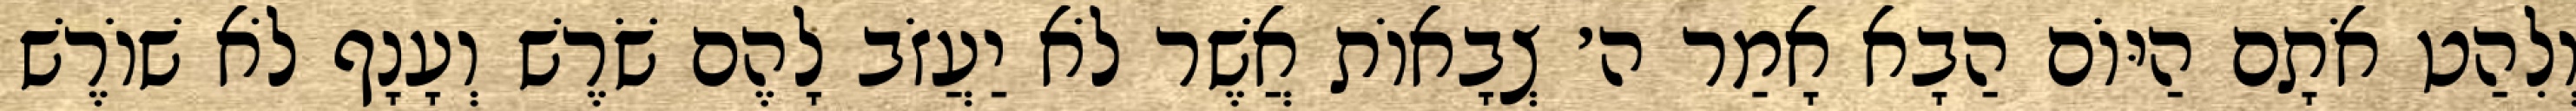
וְלִהַט אֹתָם הַיּוֹם הַבָא אָמַר ה׳ צְבָאוֹת אֲשֶׁר לֹא יַעֲזֹב לָהֶם שֹׁרֶשׁ וְעָנָף לֹא שׁוֹרֶשׁ